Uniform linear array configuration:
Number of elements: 8
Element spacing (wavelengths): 0.5
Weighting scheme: hamming
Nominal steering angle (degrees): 30
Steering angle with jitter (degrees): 30.448
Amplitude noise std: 0.05
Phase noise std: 0.05

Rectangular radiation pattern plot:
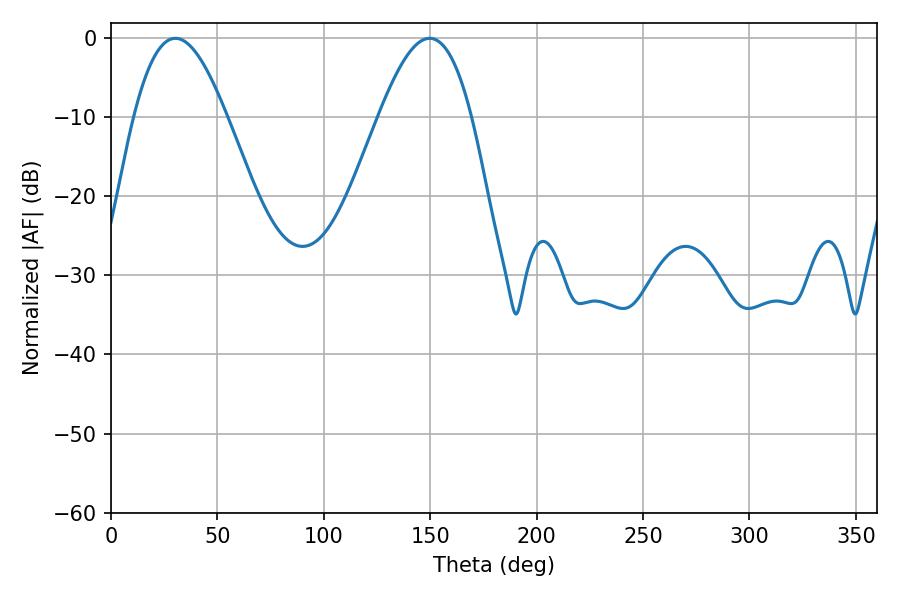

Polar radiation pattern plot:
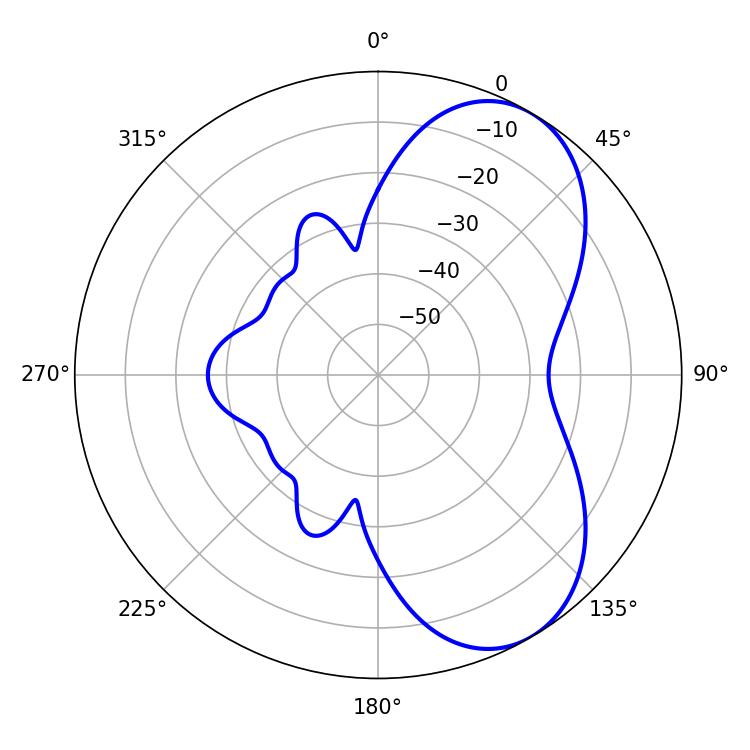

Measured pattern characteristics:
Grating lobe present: FALSE
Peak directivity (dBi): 6.328
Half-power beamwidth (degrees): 23.76
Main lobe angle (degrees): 30.24